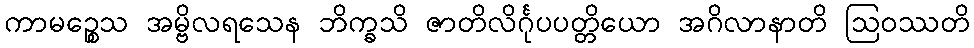
ကာမဉ္စေသ အမ္ဗိလရသေန ဘိက္ခသိ ဇာတိလိင်္ဂုပပတ္တိယော အဂိလာနာတိ ဩဝဿတိ